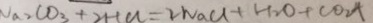
N a _ { 2 } C O _ { 3 } + 2 H C l = 2 N a C l + H _ { 2 } O + C O _ { 2 } \uparrow